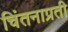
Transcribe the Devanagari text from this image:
चिंतनाप्रती